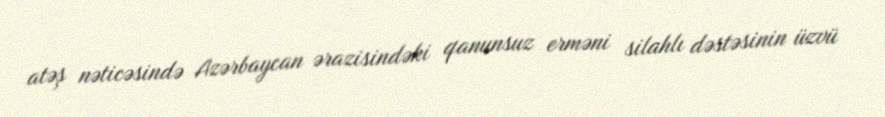
atəş nəticəsində Azərbaycan ərazisindəki qanunsuz erməni silahlı dəstəsinin üzvü